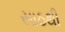
સાઠથી